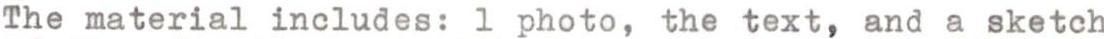
The material includes: 1 photo, the text, and a sketch